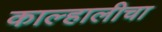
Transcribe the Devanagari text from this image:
काल्हालीचा